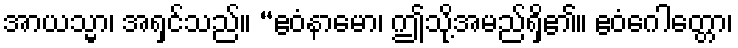
အာယသ္မာ၊ အရှင်သည်။ “ဧဝံနာမော၊ ဤသို့အမည်ရှိ၏။ ဧဝံဂေါတ္တော၊